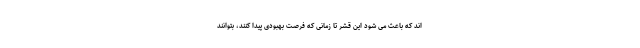
اند که باعث می شود این قشر تا زمانی که فرصت بهبودی پیدا کنند، بتوانند